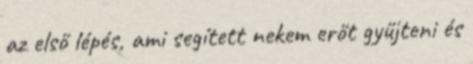
az első lépés, ami segített nekem erőt gyűjteni és